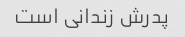
پدرش زندانی است